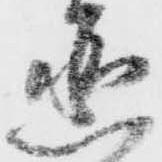
丞